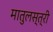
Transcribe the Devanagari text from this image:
मातुलस्त्री